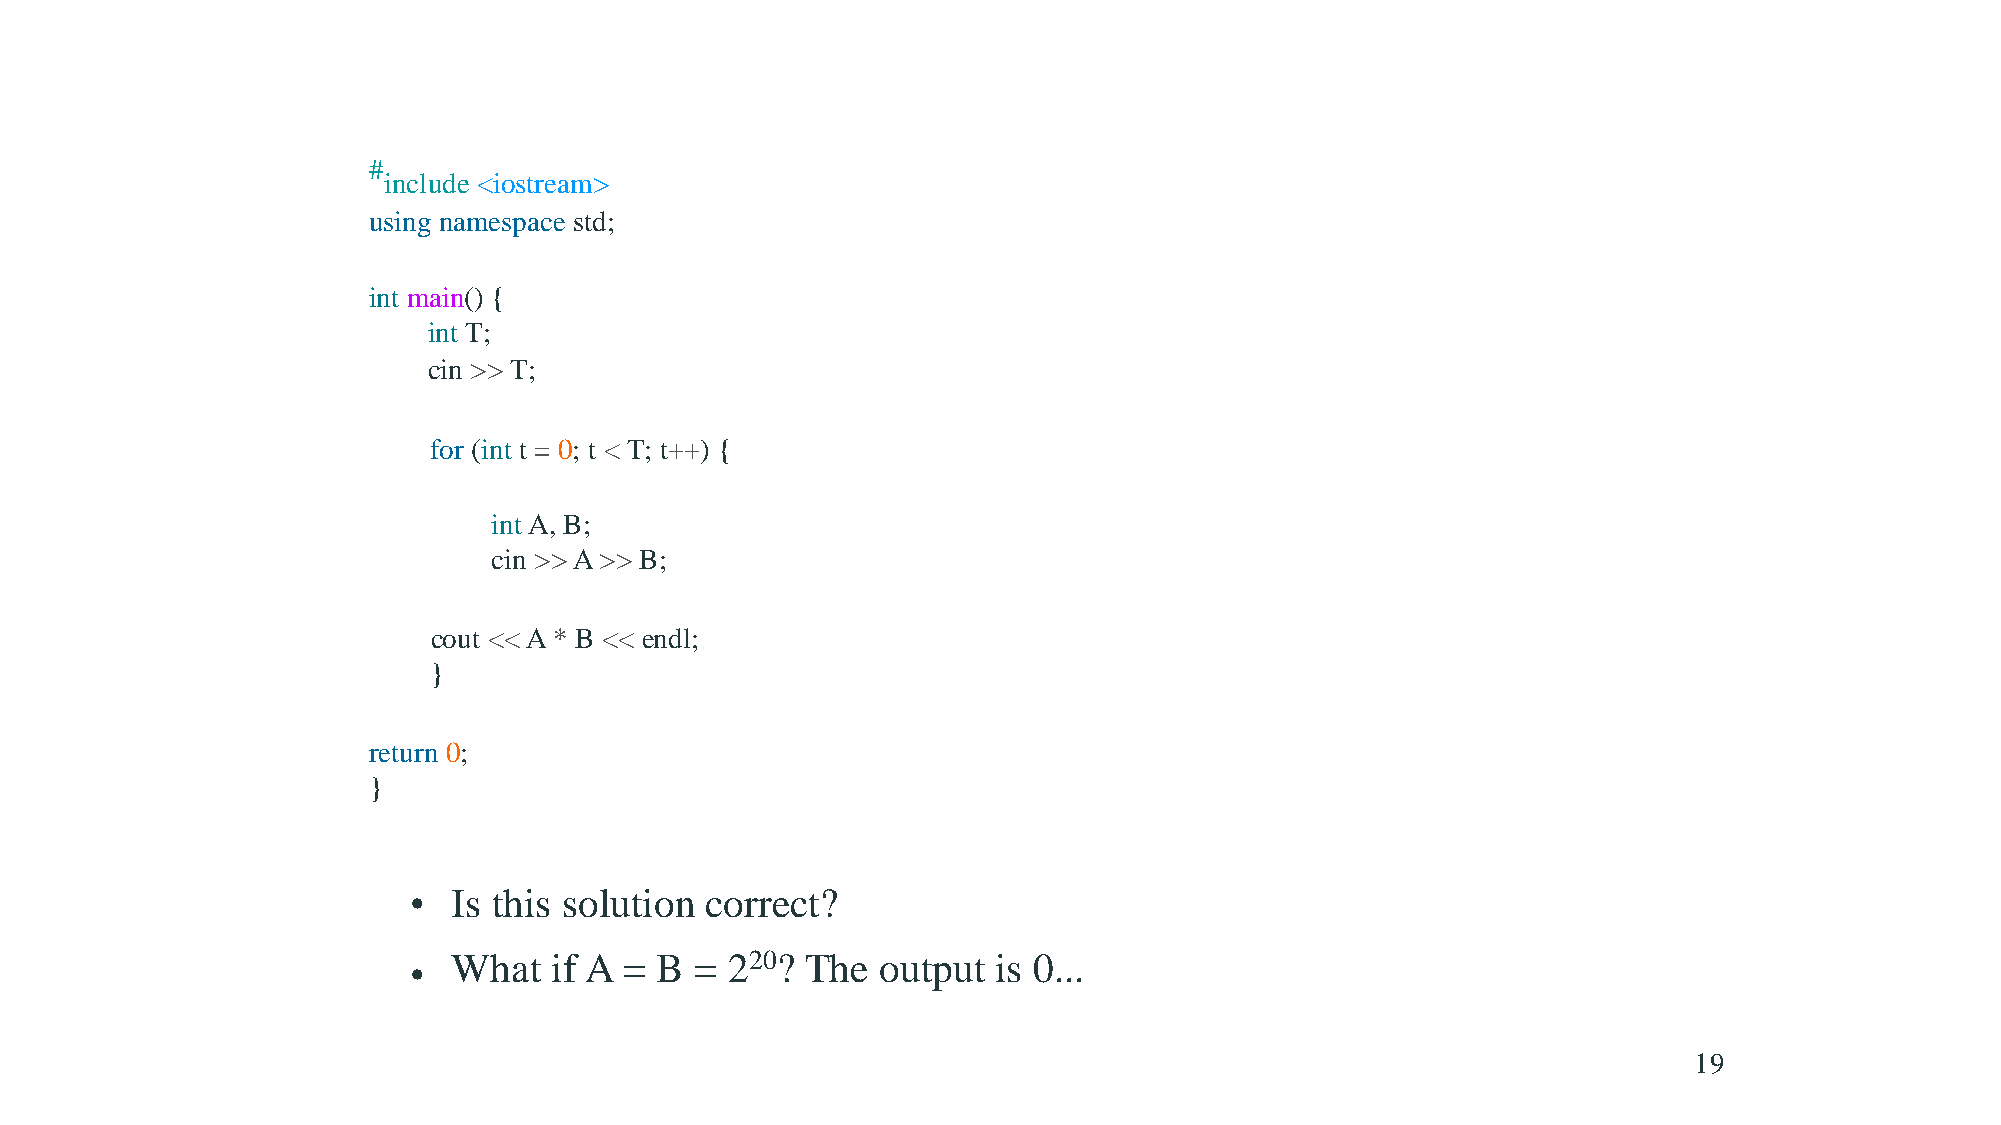
Example          solution
 #
 include <iostream>
 using namespace std;
 int main() {
 int T;
 cin >> T;
 for (int t = 0; t < T; t++) {
 intA, B;
 cin >>A>> B;
 cout <<A* B << endl;
 }
 return 0;
 }
 •  Is this solution correct?
 What  if A = B  = 220? The  output  is 0...
 •
 19